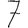
Digit: 7